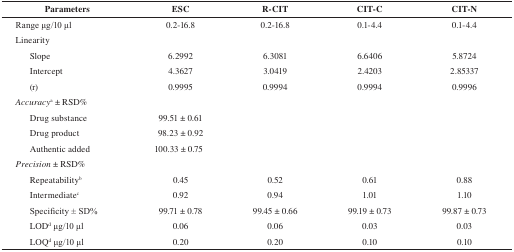
| Parameters | ESC | R-CIT | CIT-C | CIT-N |
 | --- | --- | --- | --- | --- |
 | Range μg/10 μl | 0.2-16.8 | 0.2-16.8 | 0.1-4.4 | 0.1-4.4 |
 | Linearity |  |  |  |  |
 | Slope | 6.2992 | 6.3081 | 6.6406 | 5.8724 |
 | Intercept | 4.3627 | 3.0419 | 2.4203 | 2.85337 |
 | (r) | 0.9995 | 0.9994 | 0.9994 | 0.9996 |
 | Accuracya ± RSD% |  |  |  |  |
 | Drug substance | 99.51 ± 0.61 |  |  |  |
 | Drug product | 98.23 ± 0.92 |  |  |  |
 | Authentic added | 100.33 ± 0.75 |  |  |  |
 | Precision ± RSD% |  |  |  |  |
 | Repeatabilityb | 0.45 | 0.52 | 0.61 | 0.88 |
 | Intermediatec | 0.92 | 0.94 | 1.01 | 1.10 |
 | Specificity ± SD% | 99.71 ± 0.78 | 99.45 ± 0.66 | 99.19 ± 0.73 | 99.87 ± 0.73 |
 | LODd μg/10 μl | 0.06 | 0.06 | 0.03 | 0.03 |
 | LOQd μg/10 μl | 0.20 | 0.20 | 0.10 | 0.10 |